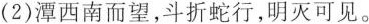
(2)潭西南而望，斗折蛇行，明灭可见。